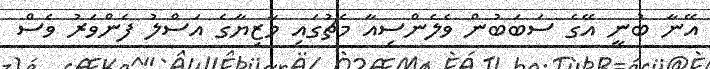
އޭނާ ބުނީ އޭގެ ސަބަބުން ވެލެންސިއާ މެޗުގައި މާޒިޔާގެ އަސްލު ފެންވަރު ވެސް